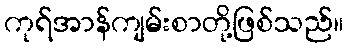
ကုရ်အာန်ကျမ်းစာတို့ဖြစ်သည်။